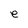
Character: e